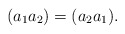
\begin{align*}(a_1a_2) = (a_2a_1).\end{align*}